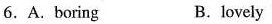
6.A.boring B.lovely